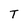
Character: T